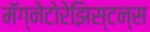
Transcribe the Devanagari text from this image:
मॅग्नेटोरेझिस्टन्स